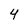
Character: 4